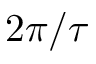
2 \pi / \tau